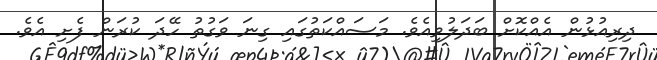
ދިރިއުޅުން އެއްކޮށް ބަދަލުވިއެެވެ. މަސައްކަތުގައި ގިނަ ވަގުތު ހޭދަ ކުރަން ފެށި އެވެ.